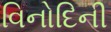
વિનોદિની